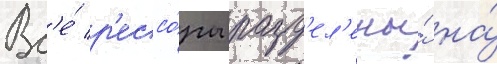
Вс'е́ р'ессо́ры разд'ел'ены́ на́